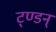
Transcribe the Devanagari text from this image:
ट्ण्डन्